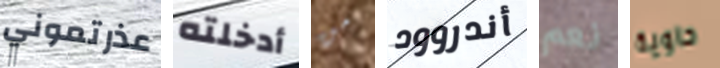
عذرتموني أدخلته من أندروود نعم حاوية